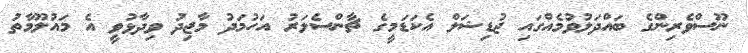
ނޫސްވެރިންގެ ބައްދަލުވުމެއްގައި ޖުޑިޝަލް އެކަޑަމީގެ ޗާންސެލަރު އަހުމަދު މާޖިދު ވިދާޅުވީ އެ މައުލޫމާތު